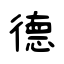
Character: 德